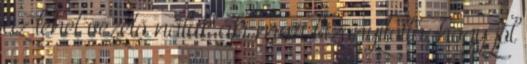
az lehet vezető náluk aki már bizonyította, hogy jól